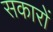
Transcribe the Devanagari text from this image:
सकारों